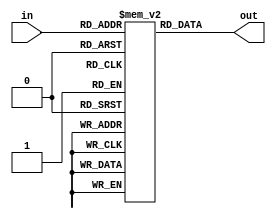
`timescale 1ns / 1ps
//////////////////////////////////////////////////////////////////////////////////
// Company: 
// Engineer: 
// 
// Design Name: 
// Module Name:    INS_MEM 
// Project Name: 
// Target Devices: 
// Tool versions: 
// Description: 
//
// Dependencies: 
//
// Revision: 
// Revision 0.01 - File Created
// Additional Comments: 
//
//////////////////////////////////////////////////////////////////////////////////
module INS_MEM(in,out);
	input [4:0] in;
	output [15:0] out;
	//reg [2:0] out;
	reg [15:0] memory[31:0];
	integer i;
	initial begin
			for(i=0;i<32;i=i+1)
			begin
				memory[i]=16'b0;
			end
			//main
			memory[21]=16'b1111010000000000; //pop r0
			memory[22]=16'b1111010000100000;	//pop r1
			memory[23]=16'b1010000000000001;	//call to 25
			memory[24]=16'b0001000000000011;	// branch to 28
			
			//func
			memory[25]=16'b1111000000100000; //push r1
			memory[26]=16'b1111100000000000;	//add r0
			memory[27]=16'b1111110000000000;	// ret
			
			//left instructions
			memory[28]=16'b1111100100100000;	//neg r1
			memory[29]=16'b1111000000100000; //push r1
			memory[30]=16'b1111100000000000; //add r0
			memory[31]=16'b1111000000000000; //push r0
	end
	
	assign out = memory[in];

endmodule